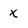
Character: X